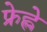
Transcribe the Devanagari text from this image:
फ्रेह्ले